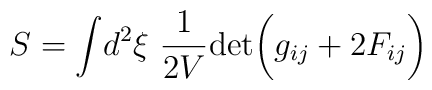
S=\int\! d^2\xi\ {1\over 2V} {\rm det} \biggl ( g_{ij}+2F_{ij}\biggr )